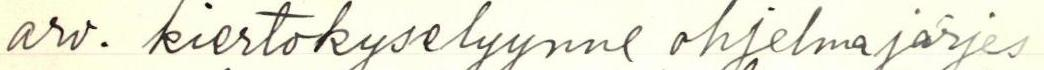
arv. kiertokyselyynne ohjelmajärjes